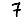
Digit: 7